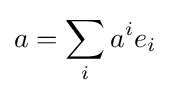
a=\sum _{i}a^{i}e_{i}\